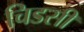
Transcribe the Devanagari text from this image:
चिडसी